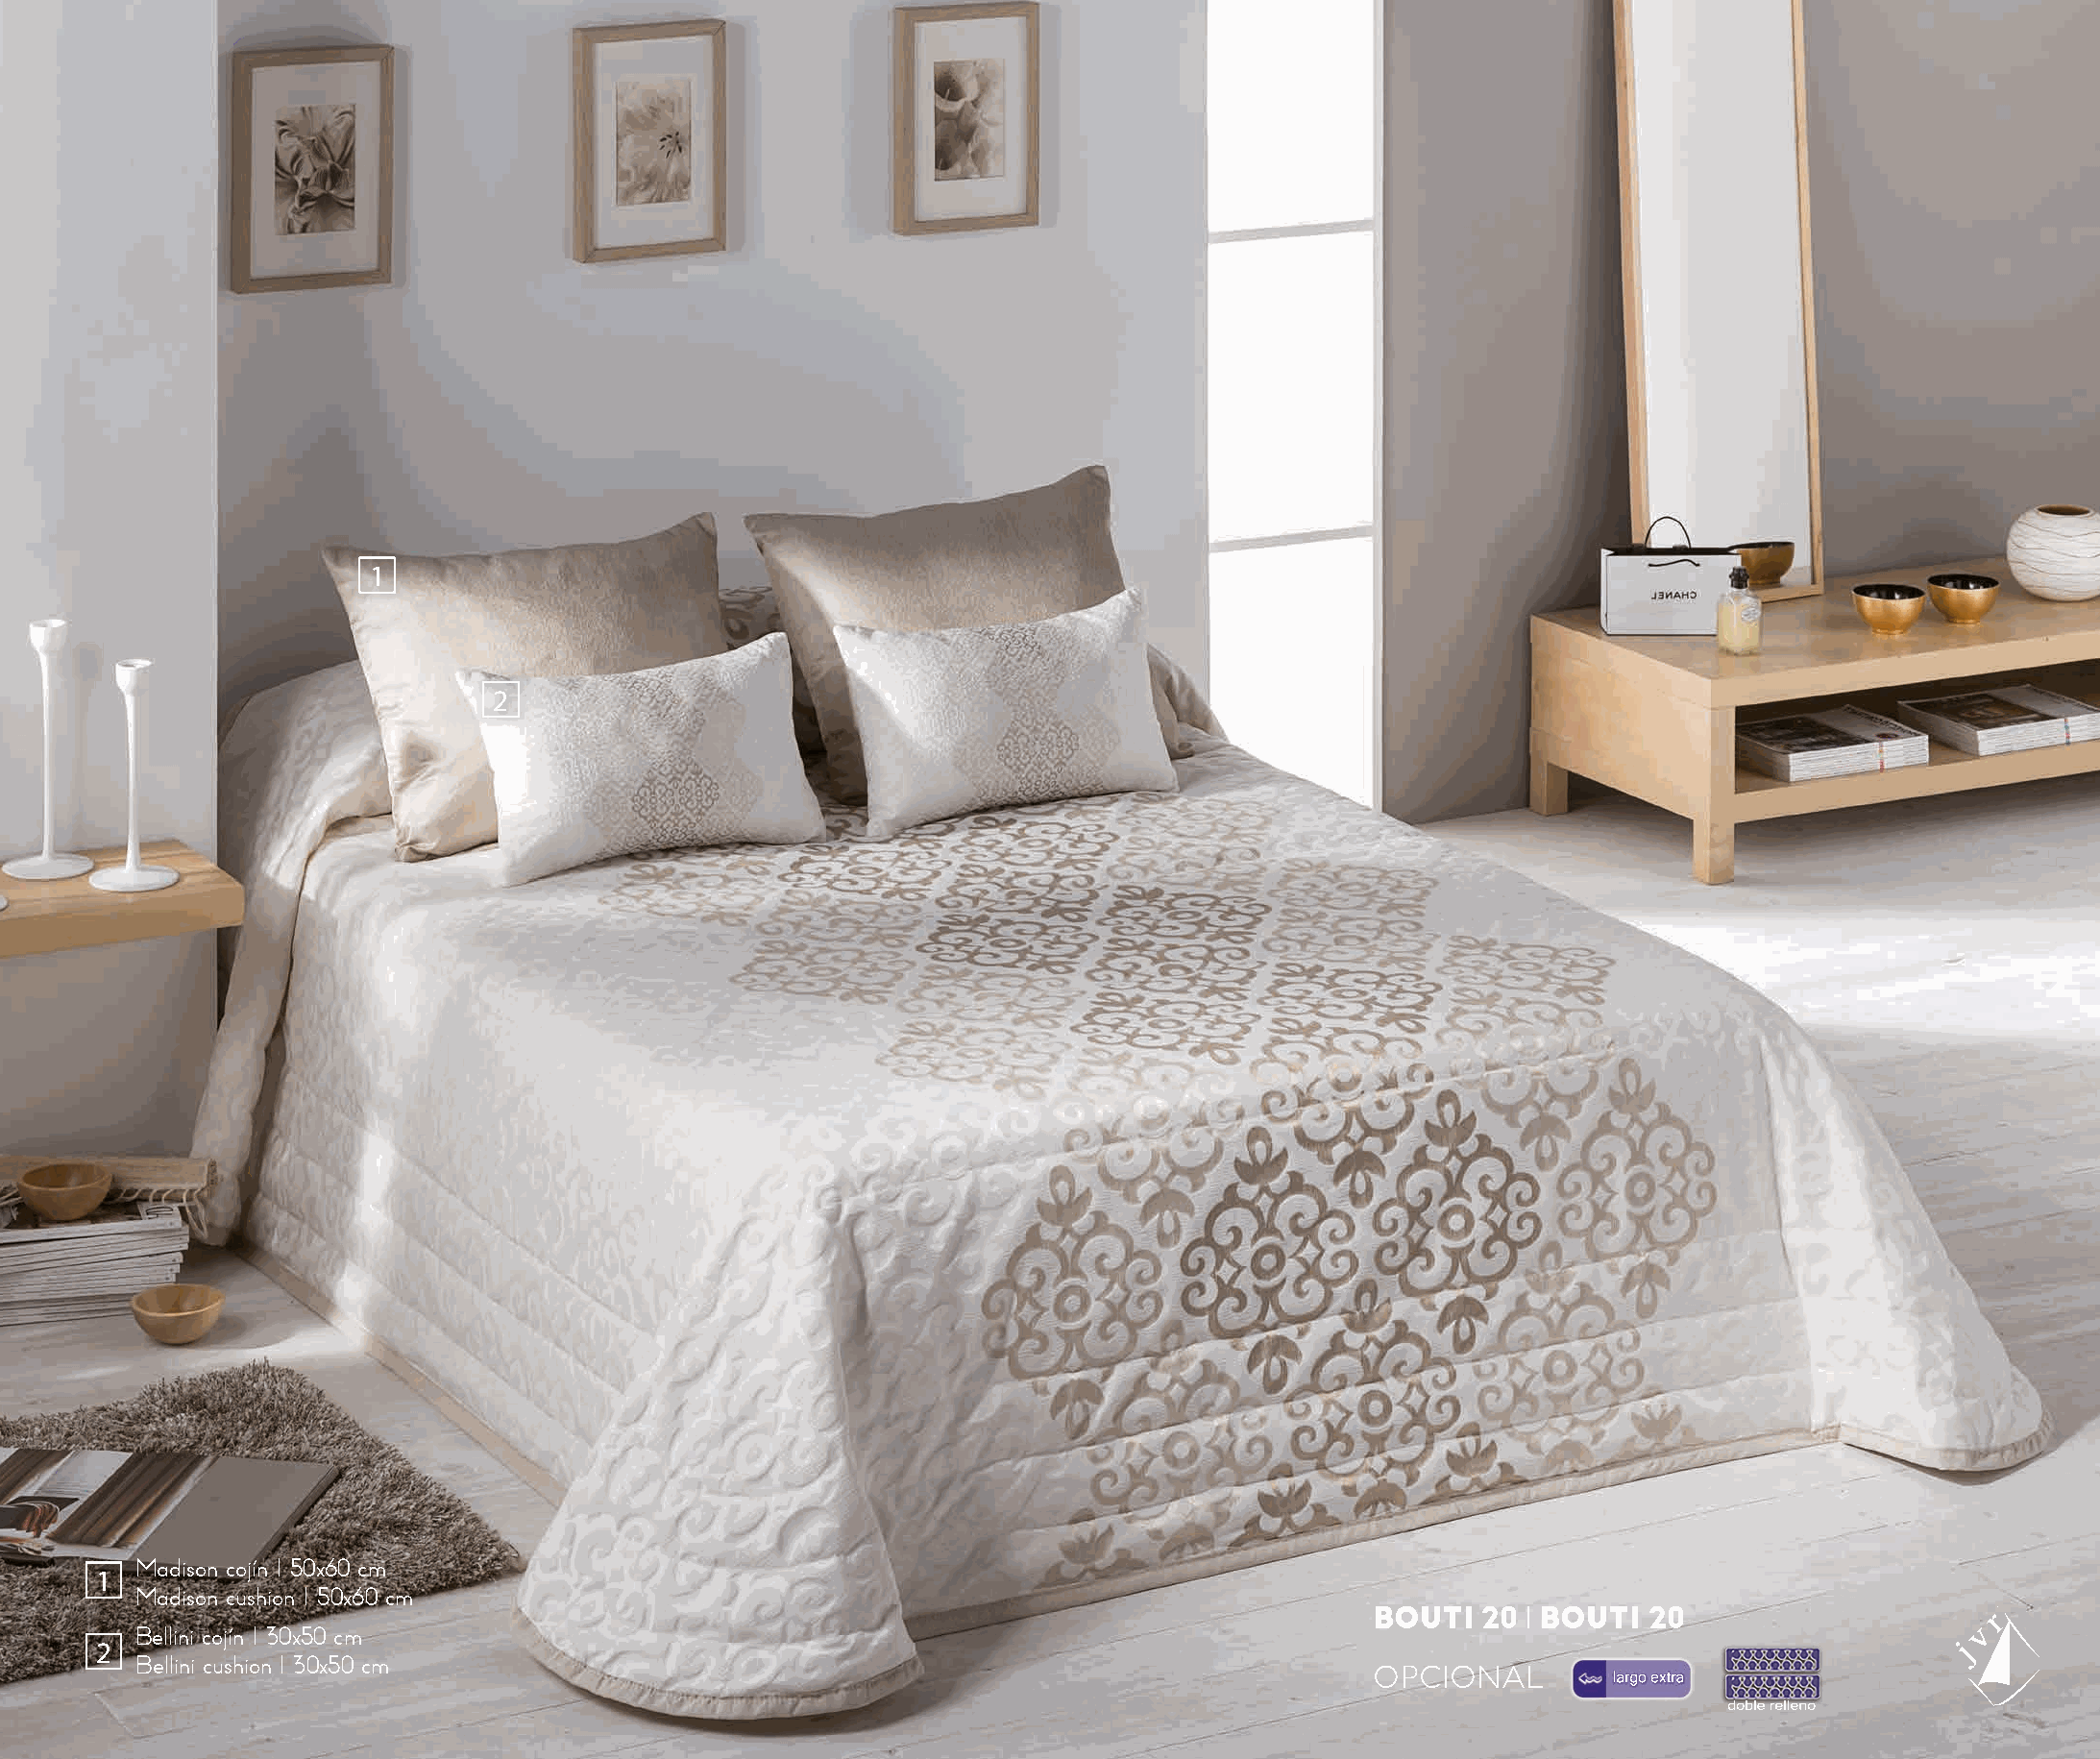
1
 2
 Madison cojín I 50x60 cm
 1
 Madison cushion I 50x60 cm
 BOUTI  20 l BOUTI  20
 Bellini cojín I 30x50 cm
 2
 Bellini cushion I 30x50 cm
 OPCIONAL        largo extra
 doble relleno